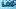
LAC